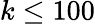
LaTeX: k\le 100